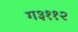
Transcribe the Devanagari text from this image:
ग३११२